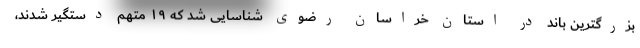
بزرگترین باند در استان خراسان رضوی شناسایی شد که ۱۹ متهم دستگیر شدند،